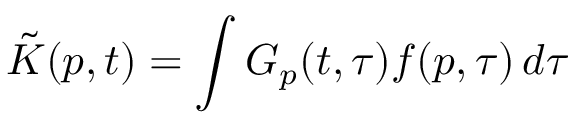
\tilde { K } ( p , t ) = \int G _ { p } ( t , \tau ) f ( p , \tau ) \, d \tau \: